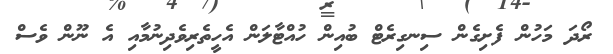
ރޯދަ މަހުން ފެށިގެން ސިނގިރެޓް ބުއިން ހުއްޓާލަން އެހީތެރިވެދިނުމާއި އެ ނޫން ވެސް